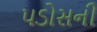
પડોસની